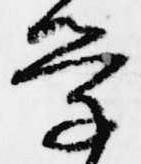
学